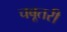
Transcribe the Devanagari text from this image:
चबूतरी